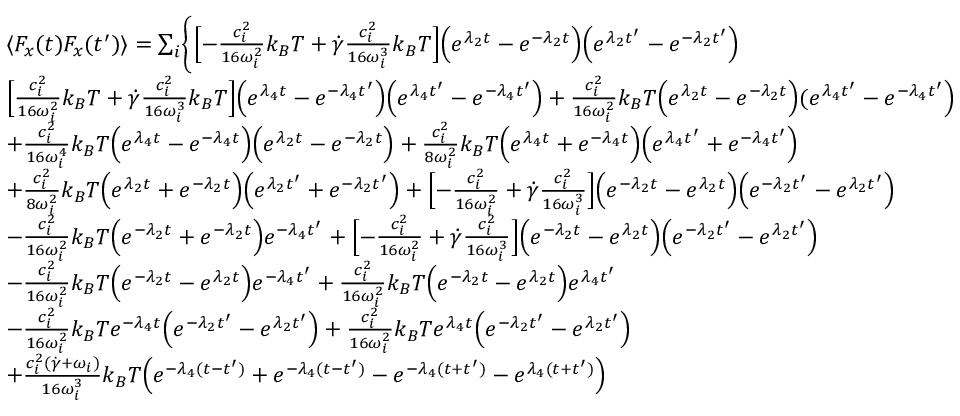
\begin{array} { r l } & { \langle F _ { x } ( t ) F _ { x } ( t ^ { \prime } ) \rangle = \sum _ { i } \Biggl \{ \Bigl [ - \frac { c _ { i } ^ { 2 } } { 1 6 \omega _ { i } ^ { 2 } } k _ { B } T + \dot { \gamma } \frac { c _ { i } ^ { 2 } } { 1 6 \omega _ { i } ^ { 3 } } k _ { B } T \Bigr ] \Bigl ( e ^ { \lambda _ { 2 } t } - e ^ { - \lambda _ { 2 } t } \Bigr ) \Bigl ( e ^ { \lambda _ { 2 } t ^ { \prime } } - e ^ { - \lambda _ { 2 } t ^ { \prime } } \Bigr ) } \\ & { \Bigl [ \frac { c _ { i } ^ { 2 } } { 1 6 \omega _ { i } ^ { 2 } } k _ { B } T + \dot { \gamma } \frac { c _ { i } ^ { 2 } } { 1 6 \omega _ { i } ^ { 3 } } k _ { B } T \Bigr ] \Bigl ( e ^ { \lambda _ { 4 } t } - e ^ { - \lambda _ { 4 } t ^ { \prime } } \Bigr ) \Bigl ( e ^ { \lambda _ { 4 } t ^ { \prime } } - e ^ { - \lambda _ { 4 } t ^ { \prime } } \Bigr ) + \frac { c _ { i } ^ { 2 } } { 1 6 \omega _ { i } ^ { 2 } } k _ { B } T \Bigl ( e ^ { \lambda _ { 2 } t } - e ^ { - \lambda _ { 2 } t } \Bigr ) ( e ^ { \lambda _ { 4 } t ^ { \prime } } - e ^ { - \lambda _ { 4 } t ^ { \prime } } \Bigr ) } \\ & { + \frac { c _ { i } ^ { 2 } } { 1 6 \omega _ { i } ^ { 4 } } k _ { B } T \Bigl ( e ^ { \lambda _ { 4 } t } - e ^ { - \lambda _ { 4 } t } \Bigr ) \Bigl ( e ^ { \lambda _ { 2 } t } - e ^ { - \lambda _ { 2 } t } \Bigr ) + \frac { c _ { i } ^ { 2 } } { 8 \omega _ { i } ^ { 2 } } k _ { B } T \Bigl ( e ^ { \lambda _ { 4 } t } + e ^ { - \lambda _ { 4 } t } \Bigr ) \Bigl ( e ^ { \lambda _ { 4 } t ^ { \prime } } + e ^ { - \lambda _ { 4 } t ^ { \prime } } \Bigr ) } \\ & { + \frac { c _ { i } ^ { 2 } } { 8 \omega _ { i } ^ { 2 } } k _ { B } T \Bigl ( e ^ { \lambda _ { 2 } t } + e ^ { - \lambda _ { 2 } t } \Bigr ) \Bigl ( e ^ { \lambda _ { 2 } t ^ { \prime } } + e ^ { - \lambda _ { 2 } t ^ { \prime } } \Bigr ) + \Bigl [ - \frac { c _ { i } ^ { 2 } } { 1 6 \omega _ { i } ^ { 2 } } + \dot { \gamma } \frac { c _ { i } ^ { 2 } } { 1 6 \omega _ { i } ^ { 3 } } \Bigr ] \Bigl ( e ^ { - \lambda _ { 2 } t } - e ^ { \lambda _ { 2 } t } \Bigr ) \Bigl ( e ^ { - \lambda _ { 2 } t ^ { \prime } } - e ^ { \lambda _ { 2 } t ^ { \prime } } \Bigr ) } \\ & { - \frac { c _ { i } ^ { 2 } } { 1 6 \omega _ { i } ^ { 2 } } k _ { B } T \Bigl ( e ^ { - \lambda _ { 2 } t } + e ^ { - \lambda _ { 2 } t } \Bigr ) e ^ { - \lambda _ { 4 } t ^ { \prime } } + \Bigl [ - \frac { c _ { i } ^ { 2 } } { 1 6 \omega _ { i } ^ { 2 } } + \dot { \gamma } \frac { c _ { i } ^ { 2 } } { 1 6 \omega _ { i } ^ { 3 } } \Bigr ] \Bigl ( e ^ { - \lambda _ { 2 } t } - e ^ { \lambda _ { 2 } t } \Bigr ) \Bigl ( e ^ { - \lambda _ { 2 } t ^ { \prime } } - e ^ { \lambda _ { 2 } t ^ { \prime } } \Bigr ) } \\ & { - \frac { c _ { i } ^ { 2 } } { 1 6 \omega _ { i } ^ { 2 } } k _ { B } T \Bigl ( e ^ { - \lambda _ { 2 } t } - e ^ { \lambda _ { 2 } t } \Bigr ) e ^ { - \lambda _ { 4 } t ^ { \prime } } + \frac { c _ { i } ^ { 2 } } { 1 6 \omega _ { i } ^ { 2 } } k _ { B } T \Bigl ( e ^ { - \lambda _ { 2 } t } - e ^ { \lambda _ { 2 } t } \Bigr ) e ^ { \lambda _ { 4 } t ^ { \prime } } } \\ & { - \frac { c _ { i } ^ { 2 } } { 1 6 \omega _ { i } ^ { 2 } } k _ { B } T e ^ { - \lambda _ { 4 } t } \Bigl ( e ^ { - \lambda _ { 2 } t ^ { \prime } } - e ^ { \lambda _ { 2 } t ^ { \prime } } \Bigr ) + \frac { c _ { i } ^ { 2 } } { 1 6 \omega _ { i } ^ { 2 } } k _ { B } T e ^ { \lambda _ { 4 } t } \Bigl ( e ^ { - \lambda _ { 2 } t ^ { \prime } } - e ^ { \lambda _ { 2 } t ^ { \prime } } \Bigr ) } \\ & { + \frac { c _ { i } ^ { 2 } ( \dot { \gamma } + \omega _ { i } ) } { 1 6 \omega _ { i } ^ { 3 } } k _ { B } T \Bigl ( e ^ { - \lambda _ { 4 } ( t - t ^ { \prime } ) } + e ^ { - \lambda _ { 4 } ( t - t ^ { \prime } ) } - e ^ { - \lambda _ { 4 } ( t + t ^ { \prime } ) } - e ^ { \lambda _ { 4 } ( t + t ^ { \prime } ) } \Bigr ) } \end{array}